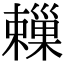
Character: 𣝞